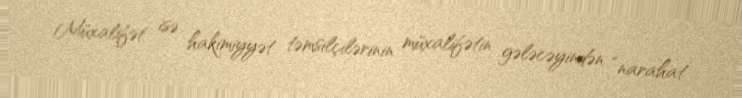
Müxalifət isə hakimiyyət təmsilçilərinin müxalifətin gələcəyindən “narahat